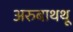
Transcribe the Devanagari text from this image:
अरुबाथथू